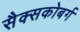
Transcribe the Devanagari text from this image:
सैक्सकोबर्ग